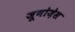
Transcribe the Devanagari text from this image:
जूनोज़ेस